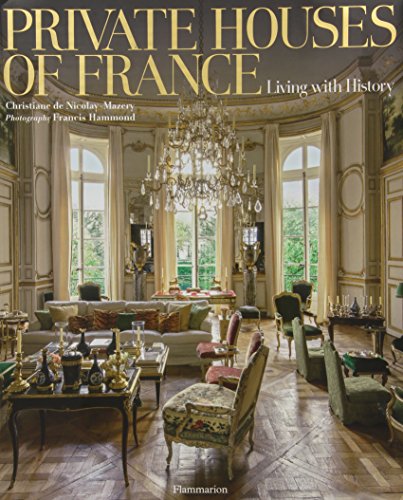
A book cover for Private Houses of France: Living with History; Christiane de Nicolay-Mazery; Crafts, Hobbies & Home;